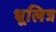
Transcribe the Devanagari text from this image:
धूलित्र